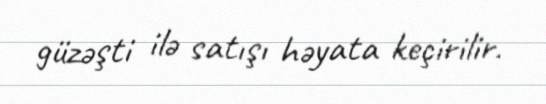
güzəşti ilə satışı həyata keçirilir.